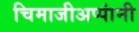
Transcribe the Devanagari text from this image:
चिमाजीअप्पांनी